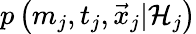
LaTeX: p\left(m_{j},t_{j},\vec{x}_{j}\vert{\cal H}_{j}\right)